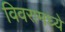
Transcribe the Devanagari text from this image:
विवरामध्ये